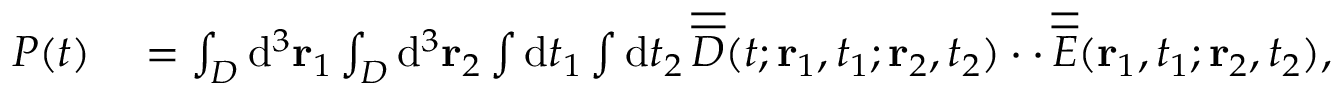
\begin{array} { r l } { P ( t ) } & { { } = \int _ { \cal D } \mathrm { d } ^ { 3 } { \bf r } _ { 1 } \int _ { \cal D } \mathrm { d } ^ { 3 } { \bf r } _ { 2 } \int \mathrm { d } t _ { 1 } \int \mathrm { d } t _ { 2 } \, \overline { { \overline { { D } } } } ( t ; { \bf r } _ { 1 } , t _ { 1 } ; { \bf r } _ { 2 } , t _ { 2 } ) \cdot \cdot \, \overline { { \overline { { E } } } } ( { \bf r } _ { 1 } , t _ { 1 } ; { \bf r } _ { 2 } , t _ { 2 } ) , } \end{array}